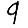
Digit: 9